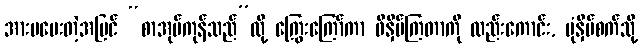
အားမပေးတဲ့အပြင် “စာအုပ်ကုန်သည်”လို့ ကြွေးကြော်ကာ ဖိနှိပ်ကြတာကို လည်းကောင်း, ပုံနှိပ်စက်သို့